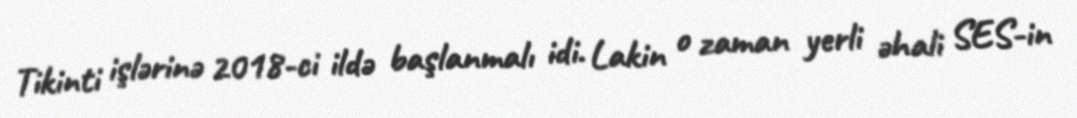
Tikinti işlərinə 2018-ci ildə başlanmalı idi. Lakin o zaman yerli əhali SES-in